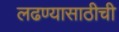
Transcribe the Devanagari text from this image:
लढण्यासाठीची